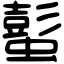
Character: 蟚